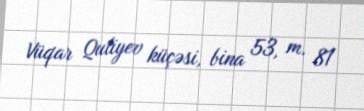
Vüqar Quliyev küçəsi, bina 53, m. 81